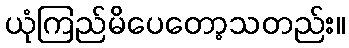
ယုံကြည်မိပေတော့သတည်း။